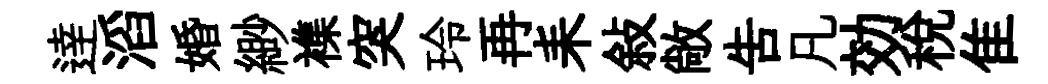
逹滔婚緲襍突玲再耒敍敞吿凡効稅隹